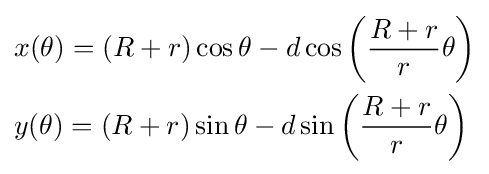
{\begin{aligned}&x(\theta )=(R+r)\cos \theta -d\cos \left({R+r \over r}\theta \right)\\&y(\theta )=(R+r)\sin \theta -d\sin \left({R+r \over r}\theta \right)\end{aligned}}